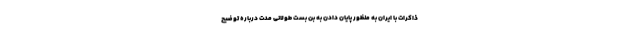
ذاکرات با ایران به منظور پایان دادن به بن بست طولانی مدت درباره توضیح